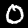
Digit: 0